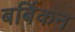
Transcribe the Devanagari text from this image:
बर्बिकन